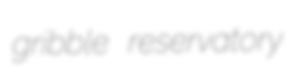
gribble reservatory